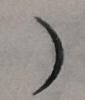
)